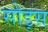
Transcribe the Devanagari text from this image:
सोड्स